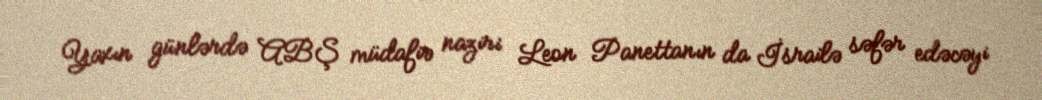
Yaxın günlərdə ABŞ müdafiə naziri Leon Panettanın da İsrailə səfər edəcəyi